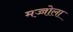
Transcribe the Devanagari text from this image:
मज्जोला